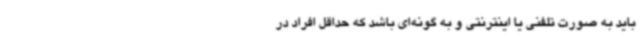
باید به صورت تلفنی یا اینترنتی و به گونه‌ای باشد که حداقل افراد در